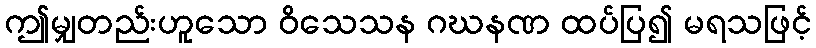
ဤမျှတည်းဟူသော ဝိသေသန ဂဃနဏ ထပ်ပြ၍ မရသဖြင့်